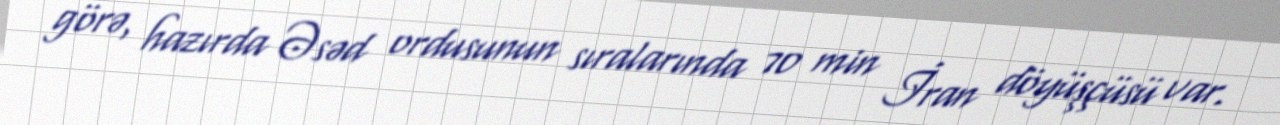
görə, hazırda Əsəd ordusunun sıralarında 70 min İran döyüşçüsü var.